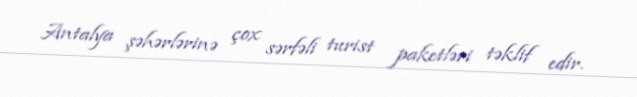
Antalya şəhərlərinə çox sərfəli turist paketləri təklif edir.